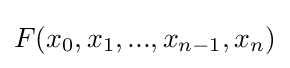
F(x_{0},x_{1},...,x_{n-1},x_{n})